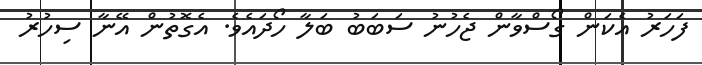
ފަހަރު އެކަން ގޯސްވާން ޖެހުނު ސަބަބު ބަލާ ހޯދައެވެ. އެގޮތުން އޭނާ ސިހުރު